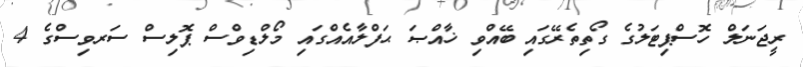
ރީޖަނަލް ހޮސްޕިޓަލުގެ ގޯތިތެރޭގައި ބޭއްވި ޚާއްޞަ ޙަފްލާއެއްގައި މޯލްޑިވްސް ޕޮލިސް ސަރވިސްގެ 4